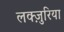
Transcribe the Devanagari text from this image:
लक्ज़ुरिया